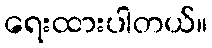
ရေးထားပါတယ်။